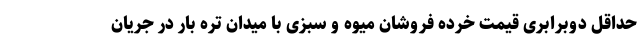
حداقل دوبرابری قیمت خرده فروشان میوه و سبزی با میدان تره بار در جریان